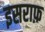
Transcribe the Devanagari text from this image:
इसराफ़